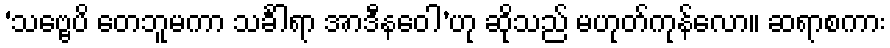
‘သဗ္ဗေပိ တေဘူမကာ သင်္ခါရာ အာဒီနဝေါ’ဟု ဆိုသည် မဟုတ်ကုန်လော။ ဆရာစကား